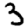
Digit: 3